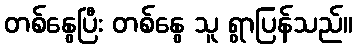
တစ်နွေပြီး တစ်နွေ သူ ရွာပြန်သည်။